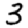
Digit: 3